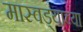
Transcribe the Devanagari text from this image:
मास्वड्याच्या